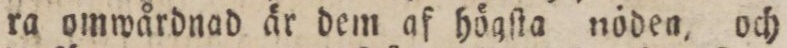
ra omwårdnad är dem af högſta nöden, och